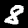
Label: 8